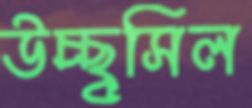
উচ্ছ্বসিল